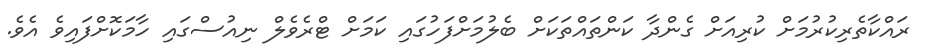
ރައްކާތެރިކުރުމަށް ކުރިއަށް ގެންދާ ކަންތައްތަކަށް ބެލުމަށްފަހުގައި ކަމަށް ޓްރެވެލް ނިއުސްގައި ހާމަކޮށްފައިވެ އެވެ.